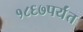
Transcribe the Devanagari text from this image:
१८६७पर्यंत